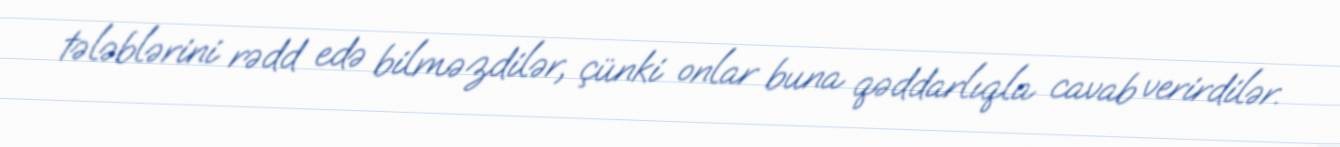
tələblərini rədd edə bilməzdilər, çünki onlar buna qəddarlıqla cavab verirdilər.